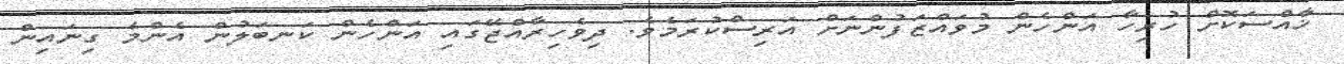
ޚާއްސަކޮށް ހުރިހާ އަންހެން މުވައްޒަފުންނަށް އަރިސްކުރަމެވެ. ދިވެހިރާއްޖޭގައި އަންހެން ކަނބަލުން އެންމެ ގިނައިން